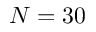
N = 3 0